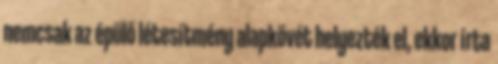
nemcsak az épülő létesítmény alapkövét helyezték el, ekkor írta